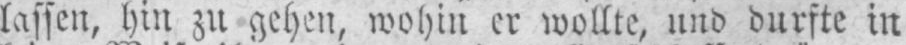
lassen, hin zu gehen, wohin er wollte, und durfte in